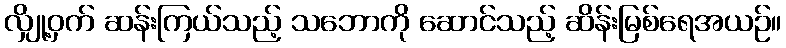
လျှို့ဝှက် ဆန်းကြယ်သည့် သဘောကို ဆောင်သည့် ဆိန်းမြစ်ရေအယဉ်။